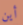
أين